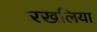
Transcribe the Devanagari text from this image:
रखलिया